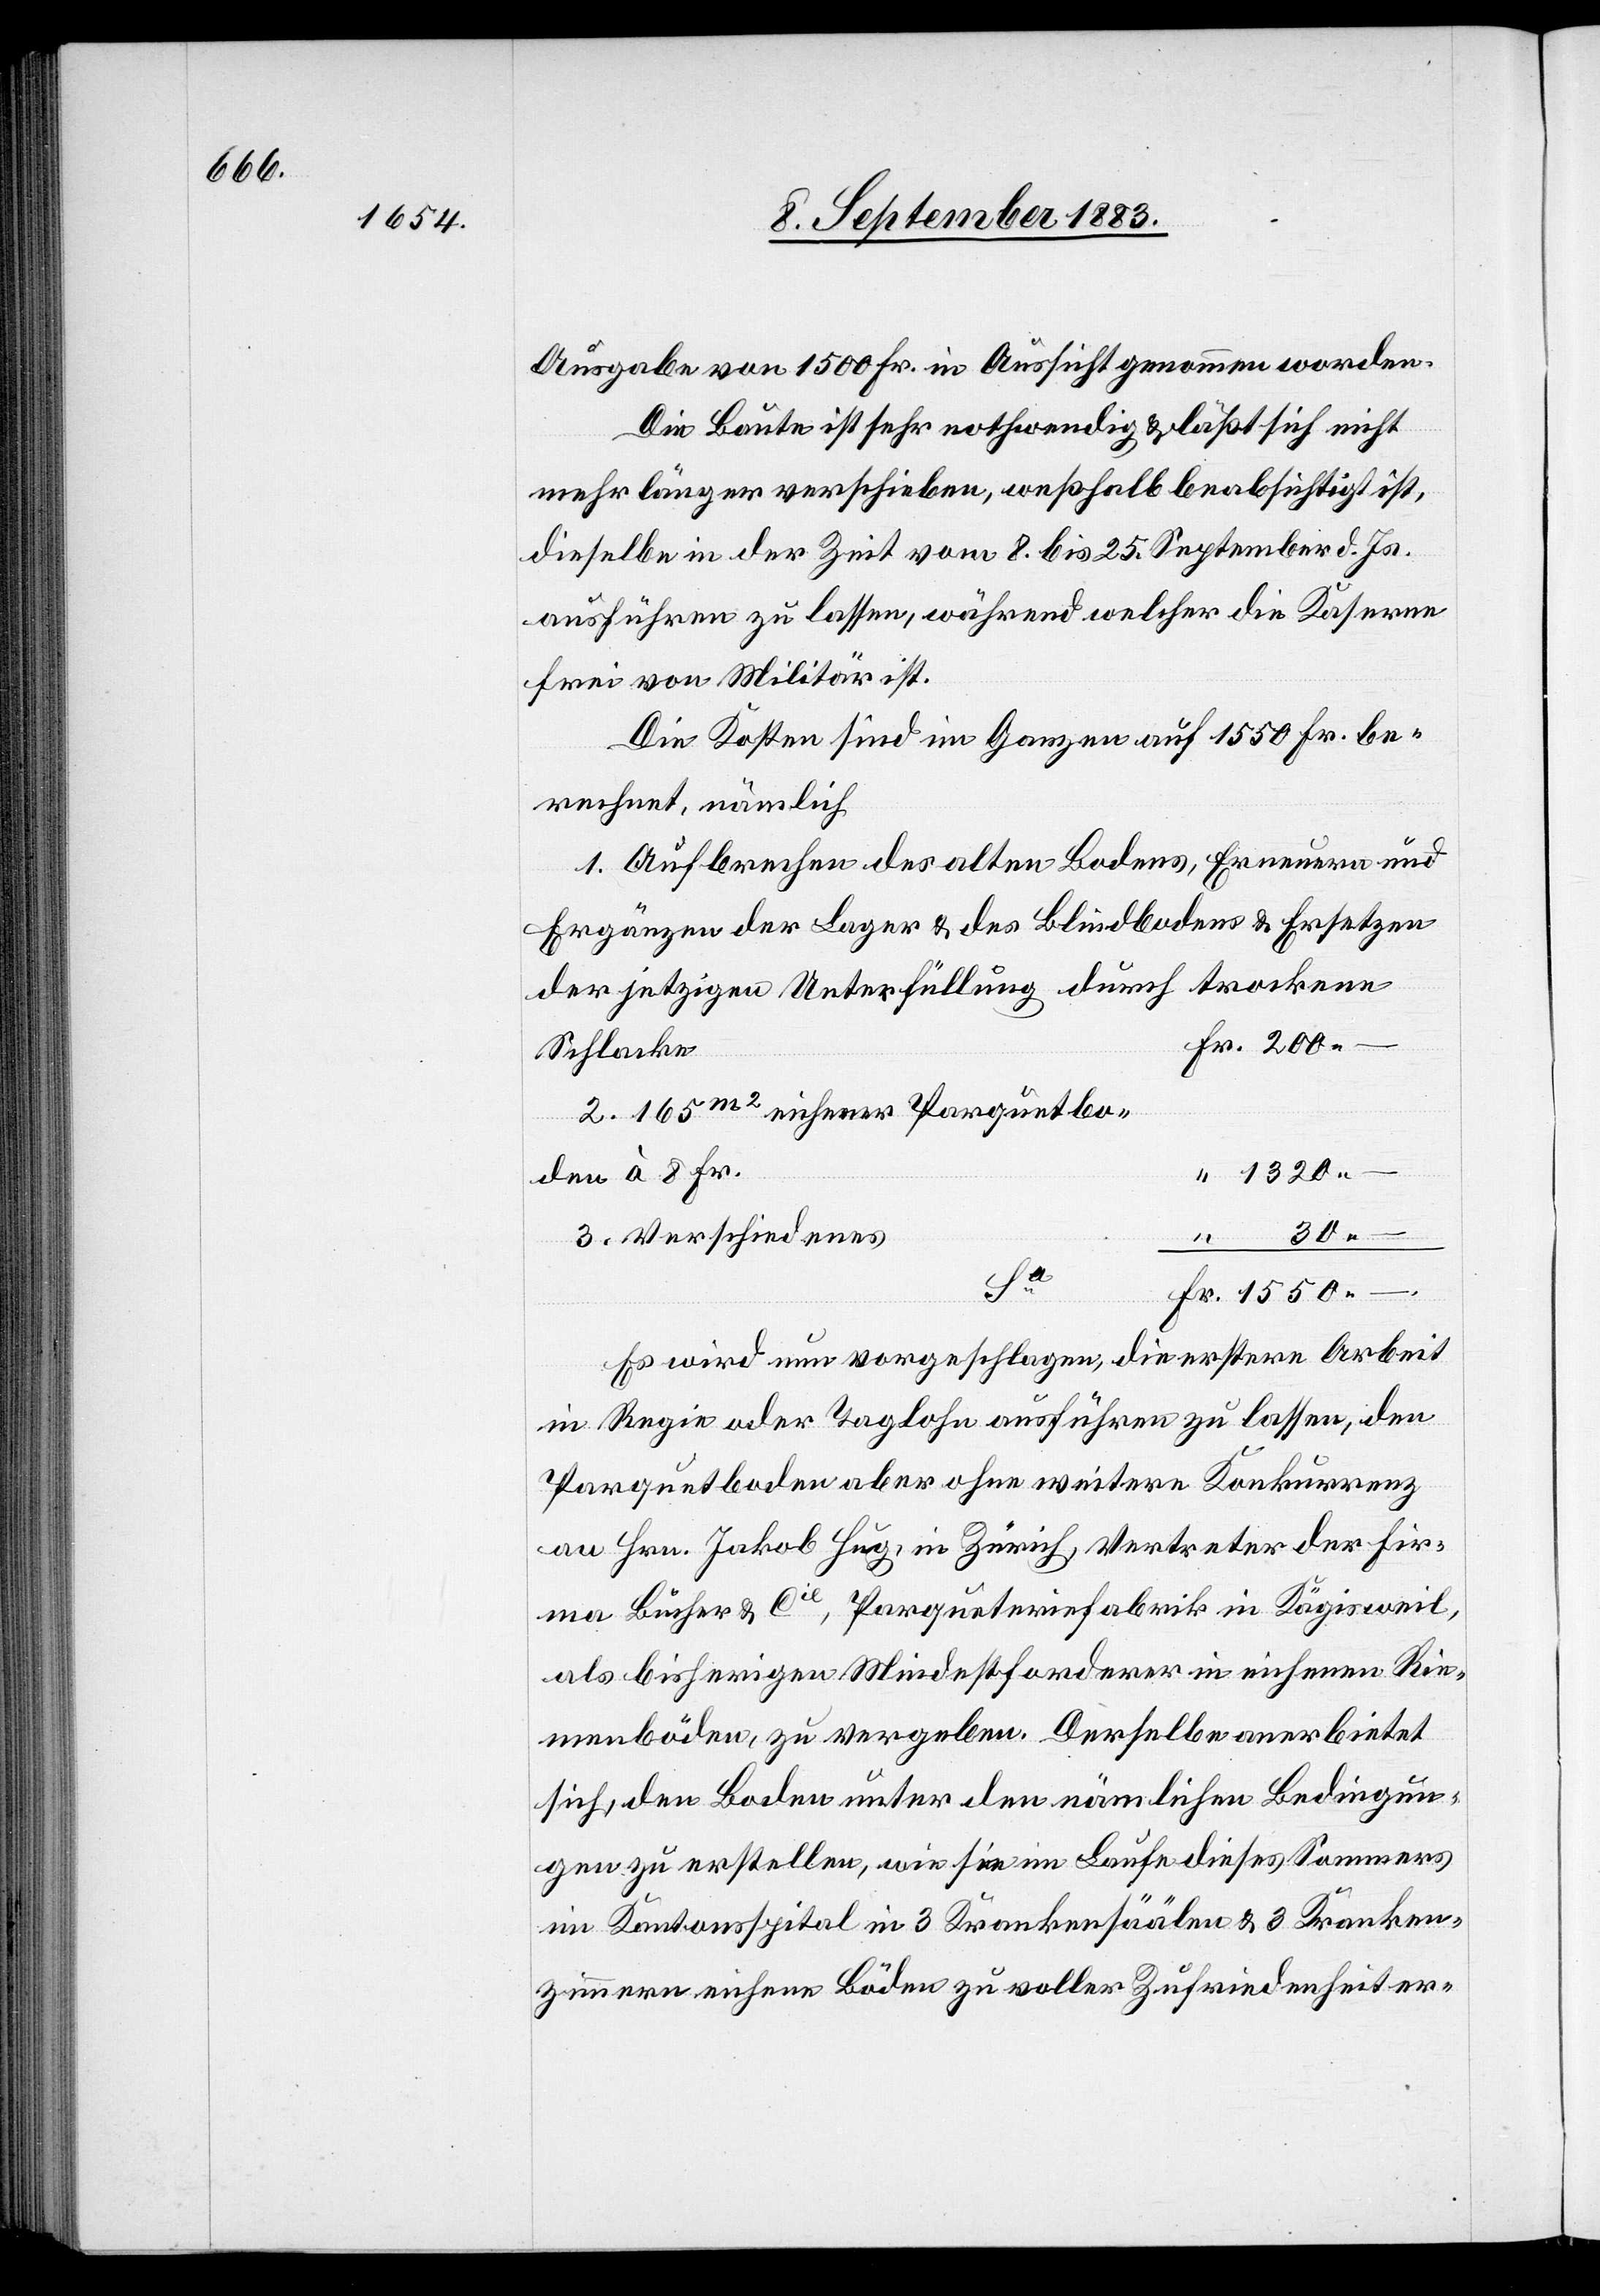
Ausgabe von 1500 Fr. in Aussicht genommen worden.
Die Baute ist sehr nothwendig & läßt sich nicht
mehr länger verschieben, weßhalb beabsichtigt ist,
dieselbe in der Zeit vom 8. bis 25. September d. Js.
ausführen zu lassen, während welcher die Kaserne
frei von Militär ist.
Die Kosten sind im Ganzen auf 1550 Fr. be¬
rechnet, nämlich
1. Aufbrechen des alten Bodens, Erneuern und
Ergänzen der Lager & des Blindbodens & Ersetzen
der jetzigen Unterfüllung durch trockene
Schlacke
2. 165m2 eichener Parquetbo¬
den à 8 Fr.
30
3. Verschiedenes
1550
–
Es wird vorgeschlagen, die erstere Arbeit
in Regie oder Taglohn ausführen zu lassen, den
Parquetboden aber ohne weitere Konkurrenz
an Hrn. Jakob Hug, in Zürich, Vertreter der Fir¬
ma Bücher & Cie, Parqueteriefabrik in Kägsweil,
als bisherigen Mindestforderer in eichenen Rie¬
menböden, zu vergeben. Derselbe anerbietet
sich, den Boden unter den nämlichen Bedingun¬
gen zu erstellen, wie sie im Laufe dieses Sommers
im Kantonsspital in 3 Krankensäälen & 3 Kranken¬
zimmern eichene Böden zu voller Zufriedenheit er-